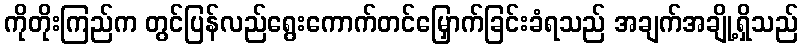
ကိုတိုးကြည်က တွင်ပြန်လည်ရွေးကောက်တင်မြှောက်ခြင်းခံရသည် အချက်အချို့ရှိသည်